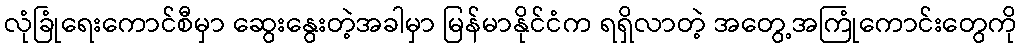
လုံခြုံရေးကောင်စီမှာ ဆွေးနွေးတဲ့အခါမှာ မြန်မာနိုင်ငံက ရရှိလာတဲ့ အတွေ့အကြုံကောင်းတွေကို